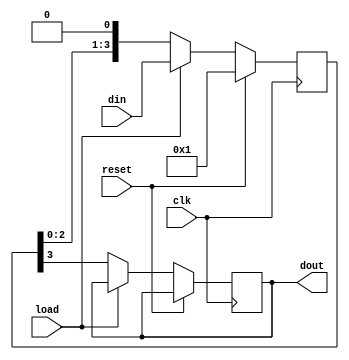

module parallel_in_serial_out ( din ,clk ,reset ,load ,dout );

output dout ;
reg dout ;

input [3:0] din ;
wire [3:0] din ;
input clk ;
wire clk ;
input reset ;
wire reset ;
input load ;
wire load ;

reg [3:0]temp;

always @ (posedge (clk)) begin
 if (reset)
  temp <= 1;
 else if (load)
  temp <= din;
 else begin
  dout <= temp[3];
  temp <= {temp[2:0],1'b0};
 end
end

endmodule